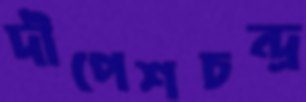
দীপেশচন্দ্র